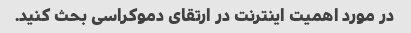
در مورد اهمیت اینترنت در ارتقای دموکراسی بحث کنید.